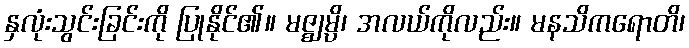
နှလုံးသွင်းခြင်းကို ပြုနိုင်၏။ မဇ္ဈမ္ပိ၊ အလယ်ကိုလည်း။ မနသိကရောတိ၊